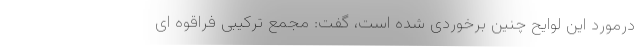
درمورد این لوایح چنین برخوردی شده است، گفت: مجمع ترکیبی فراقوه ای